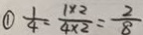
\textcircled { 1 } \frac { 1 } { 4 } = \frac { 1 \times 2 } { 4 \times 2 } = \frac { 2 } { 8 }